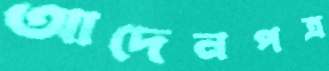
আদেনপত্র